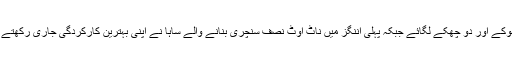
روہت نے 132 گیندوں پر 82 رنز کی بہترین اننگز میں آٹھ چوکے اور دو چھکے لگائے جبکہ پہلی اننگز میں ناٹ آؤٹ نصف سنچری بنانے والے ساہا نے اپنی بہترین کارکردگی جاری رکھتے ہوئے 87 گیندوں پر ناٹ آؤٹ 39 رنز میں تین چوکے لگائے۔